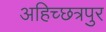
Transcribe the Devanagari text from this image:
अहिच्छत्रपुर